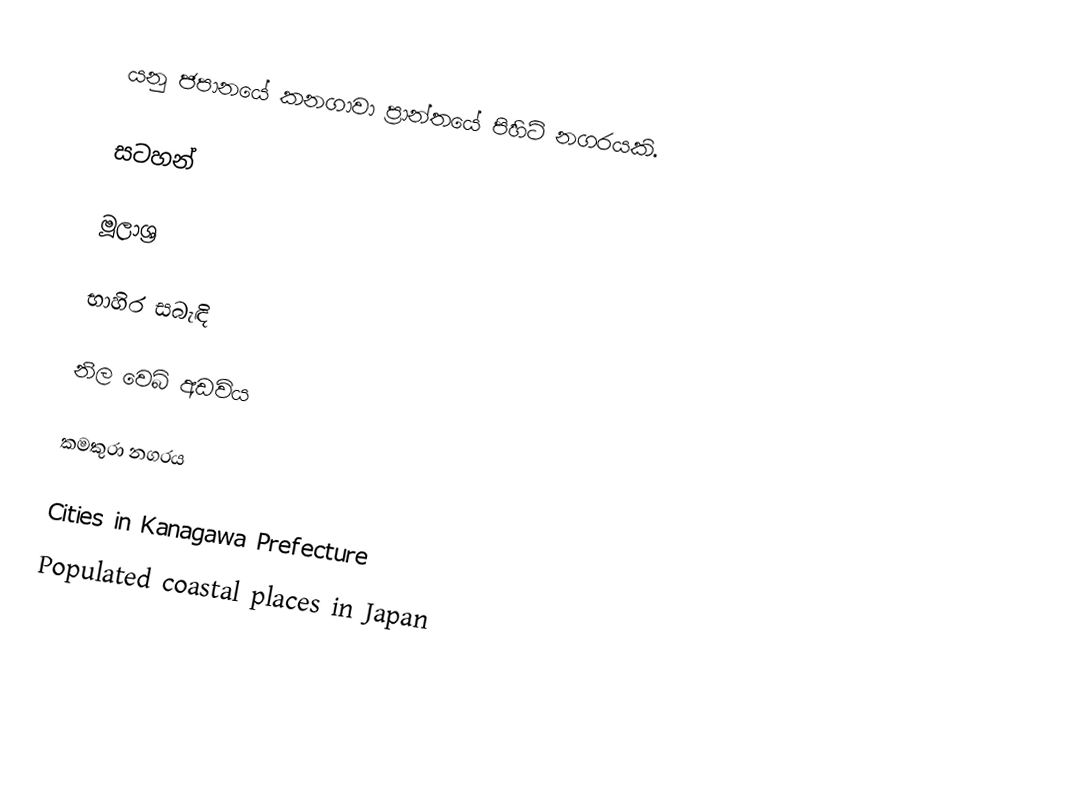
යනු ජපානයේ කනගාවා ප්‍රාන්තයේ පිහිටි නගරයකි.

සටහන්

මූලාශ්‍ර

භාහිර සබැඳි

නිල වෙබ් අඩවිය

කමකුරා නගරය

Cities in Kanagawa Prefecture
Populated coastal places in Japan